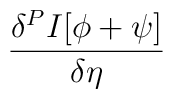
\frac{\delta ^{P}I[\phi +\psi ]}{\delta \eta }